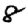
Digit: 8